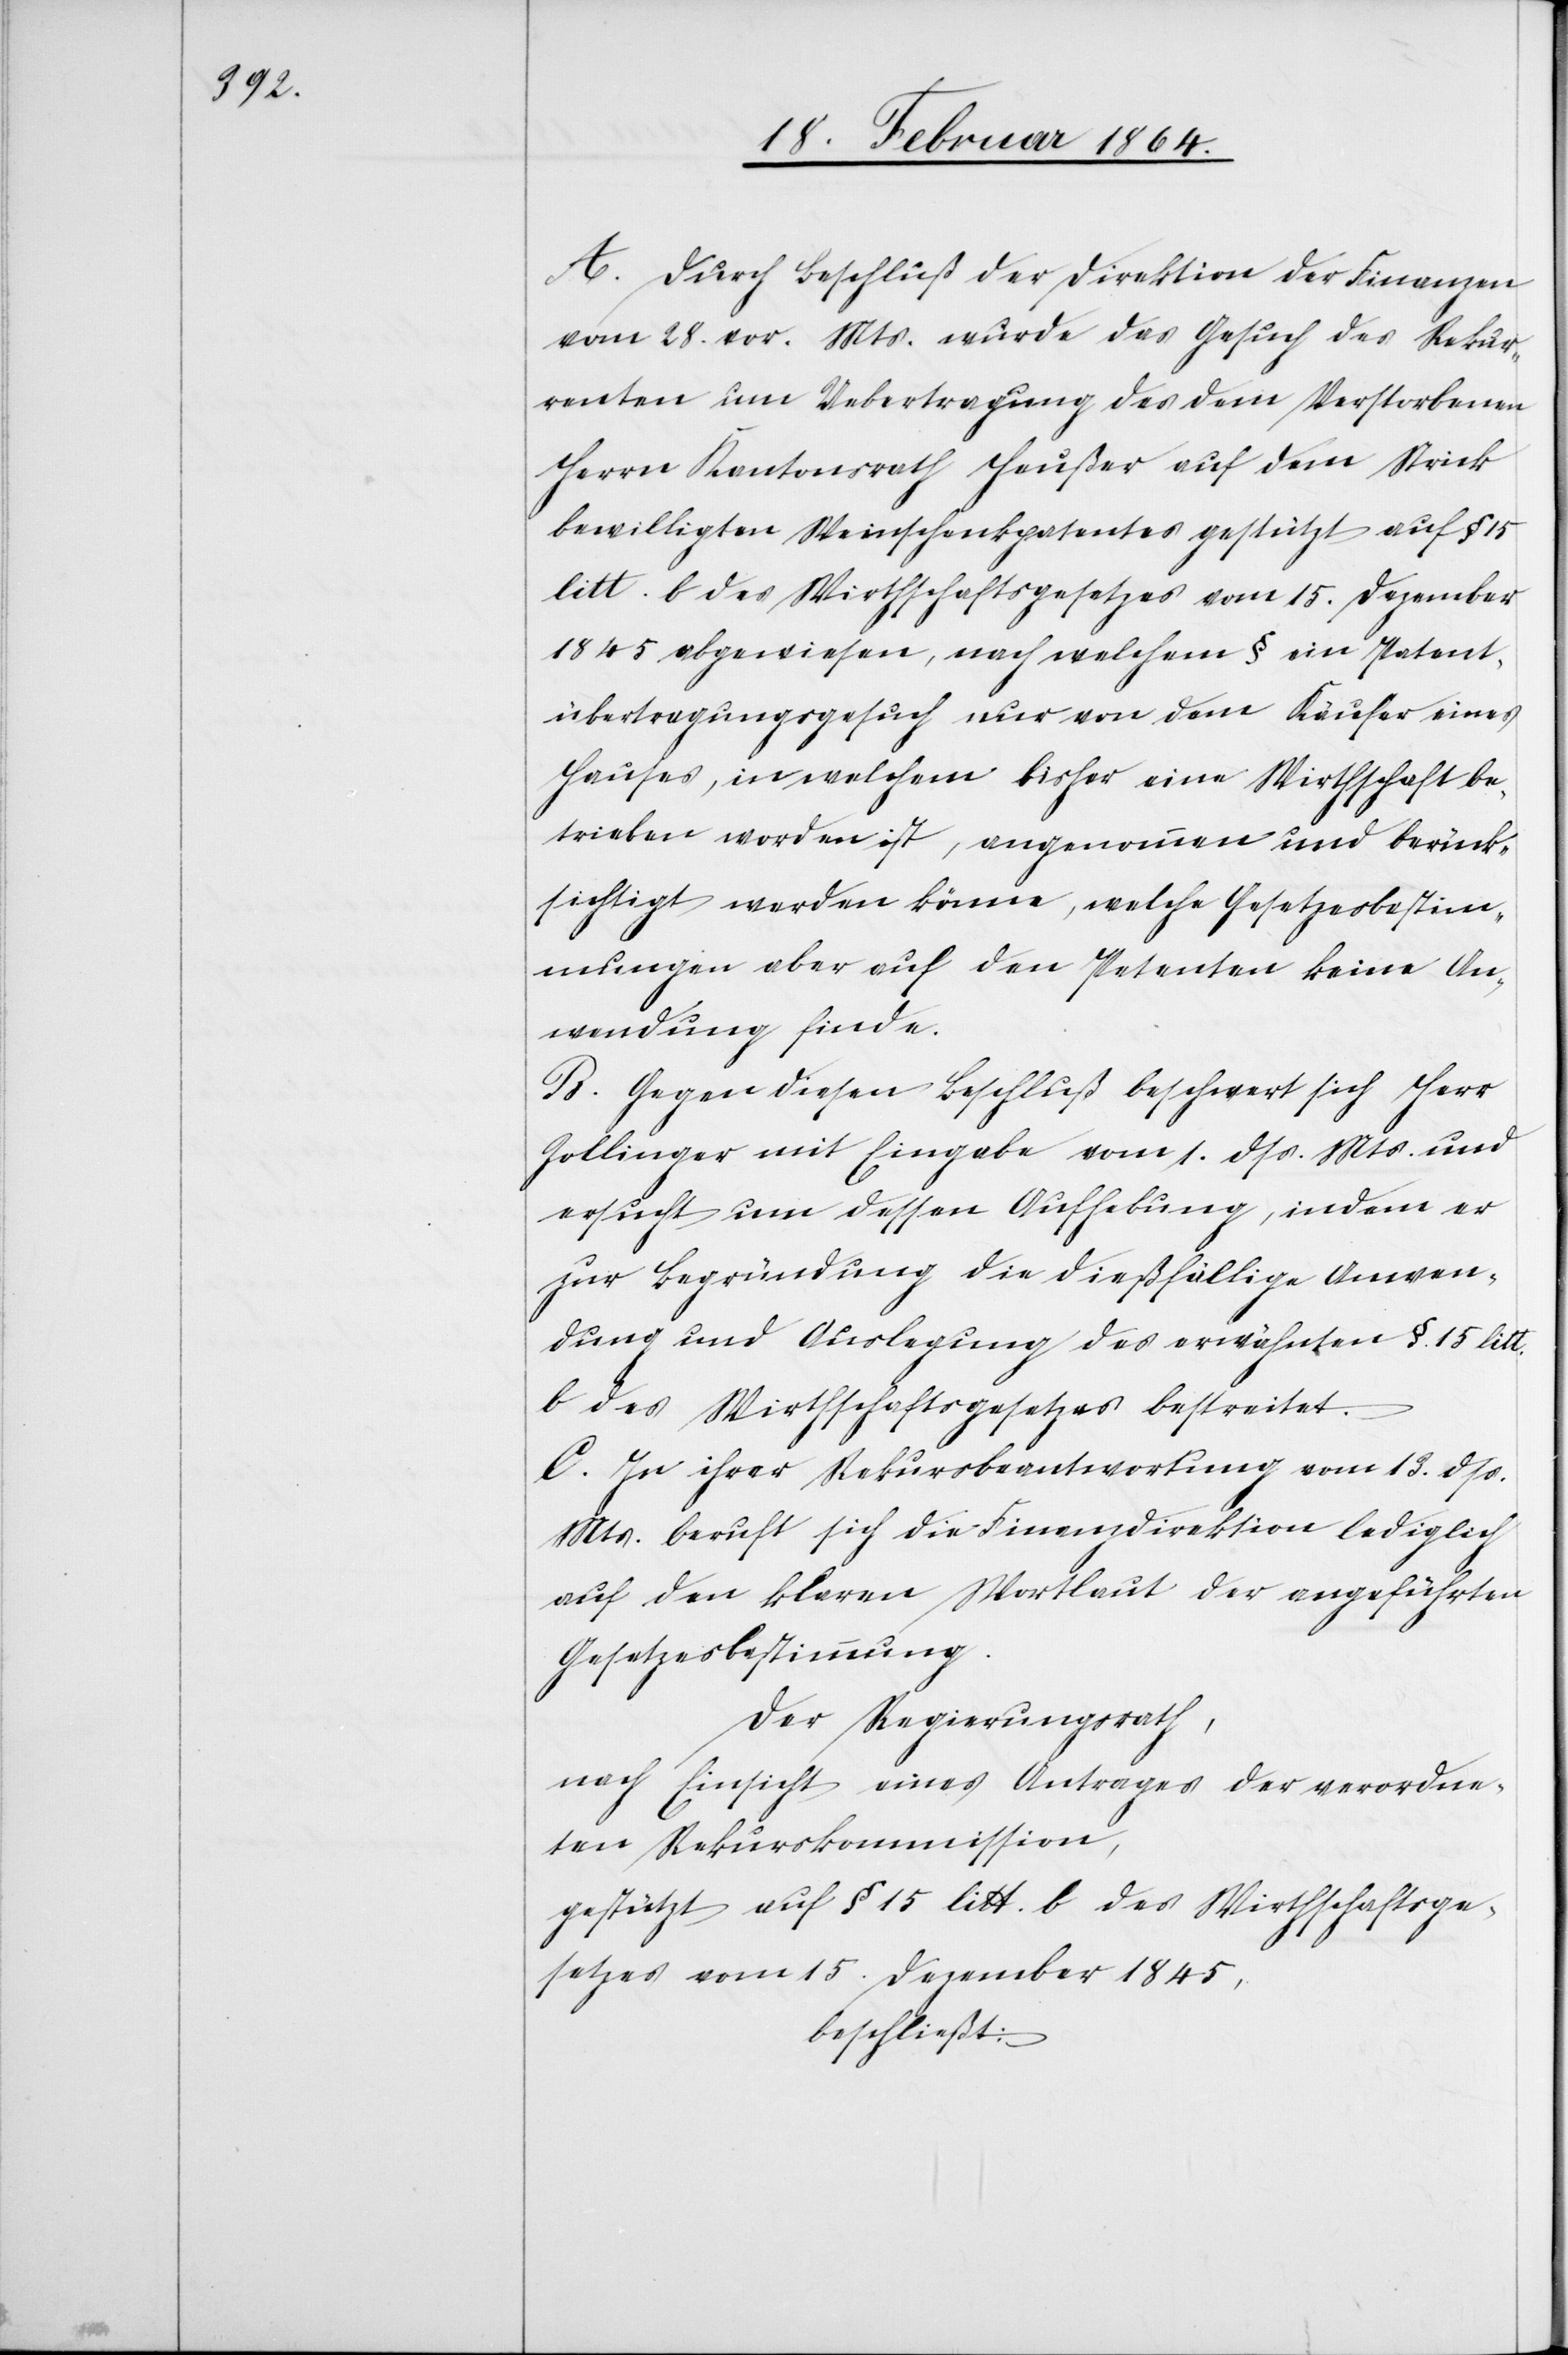
A. Durch Beschluß der Direktion der Finanzen
vom 28. vor. Mts. wurde das Gesuch des Rekur¬
renten um Uebertragung des dem Verstorbenen
Herrn Kantonsrath Heußer auf dem Strick
bewilligten Weinschenkpatentes gestützt auf §
litt. b. des Wirthschaftsgesetzes vom 15. Dezember
1845 abgewiesen, nach welchem § ein Patent¬
übertragungsgesuch nur von dem Käufer eines
Hauses, in welchem bisher eine Wirthschaft be¬
trieben worden ist, angenommen und berück¬
sichtigt werden könne, welche Gesetzesbestim¬
mungen aber auf den Petenten keine An¬
wendung finde.
B. Gegen diesen Beschluß beschwert sich Herr
Zollinger mit Eingabe vom 1. dss. Mts. und
ersucht um dessen Aufhebung, indem er
zur Begründung die dießfällige Anwen¬
dung und Auslegung des erwähnten §. 15 litt.
b. des Wirthschaftsgesetzes bestreitet.
C. In ihrer Rekursbeantwortung vom 13. dss.
Mts. beruft sich die Finanzdirektion lediglich
auf den klaren Wortlaut der angeführten
Gesetzesbestimmung.
Der Regierungsrath,
nach Einsicht eines Antrages der verordne¬
ten Rekurskommission,
gestützt auf § 15 litt. b des Wirthschaftsge¬
setzes vom 15. Dezember 1845,
beschließt: